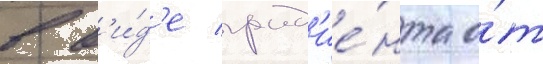
в в'и́д'е град'ие́нта о́т